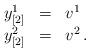
LaTeX: \begin{align*}\begin{array}{ccl}y_{[2]}^{1} & = & v^{1}\\y_{[2]}^{2} & = & v^{2}\,.\end{array}\end{align*}